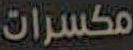
مكسرات